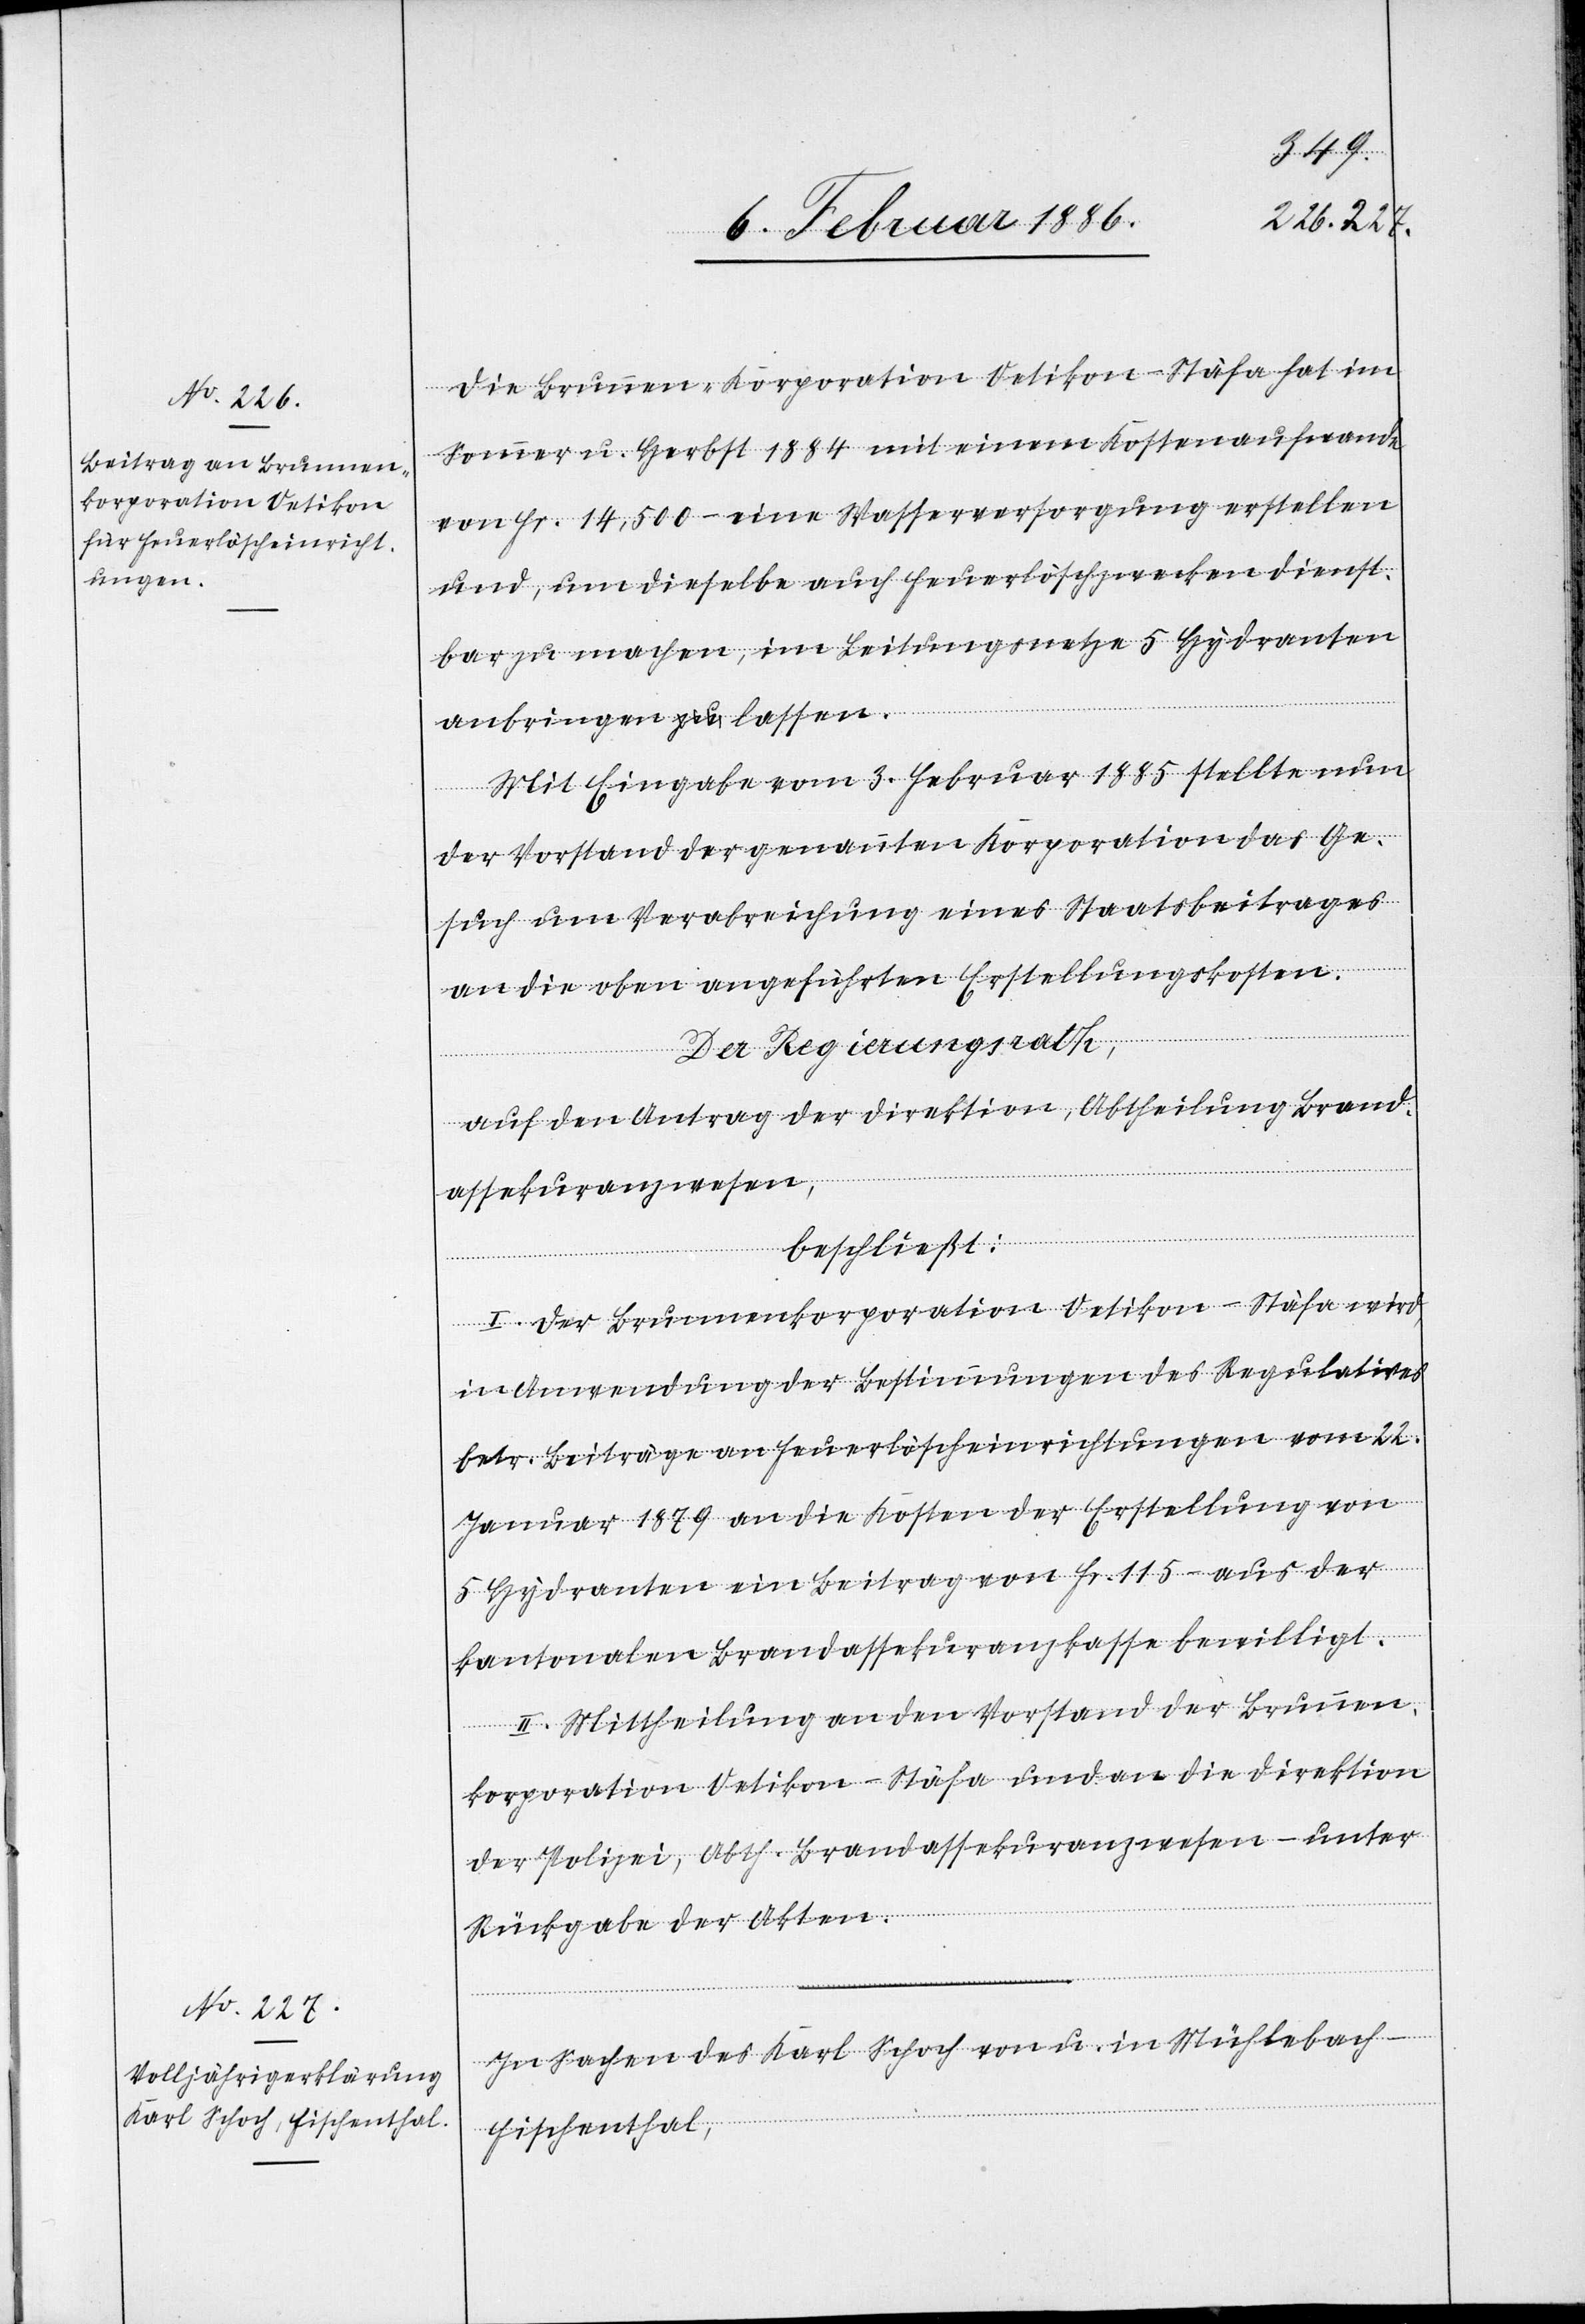
Die Brunnen-Korporation Uetikon-Stäfa hat im
Sommer u. Herbst 1884 mit einem Kostenaufwande
von Fr. 14,500.– eine Wasserversorgung erstellen
und, um dieselbe auch Feuerlöschzwecken dienst¬
bar zu machen, im Leitungsnetze 5 Hydranten
anbringen lassen.
Mit Eingabe vom 3. Februar 1885 stellte nun
der Vorstand der genannten Korporation das Ge¬
such um Verabreichung eines Staatsbeitrages
an die oben angeführten Erstellungskosten.
Der Regierungsrath,
auf den Antrag der Direktion, Abtheilung Brand¬
assekuranzwesen,
beschließt:
I. Der Brunnenkorporation Uetikon-Stäfa wird,
in Anwendung der Bestimmungen des Regulatives
betr. Beiträge an Feuerlöscheinrichtungen vom 2.
Januar 1879 an die Kosten der Erstellung von
5 Hydranten ein Beitrag von Fr. 115.– aus der
kantonalen Brandassekuranzkasse bewilligt.
II. Mittheilung an den Vorstand der Brunnen¬
korporation Uetikon-Stäfa und an die Direktion
der Polizei, Abth. Brandassekuranzwesen – unter
Rückgabe der Akten.
In Sachen des Karl Schoch von u. in Mühlebach
Fischenthal,